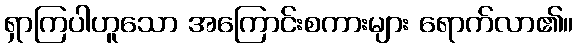
ရှာကြပါဟူသော အကြောင်းစကားများ ရောက်လာ၏။